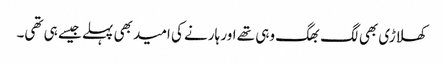
کھلاڑی بھی لگ بھگ وہی تھے اور ہارنے کی امید بھی پہلے جیسے ہی تھی۔